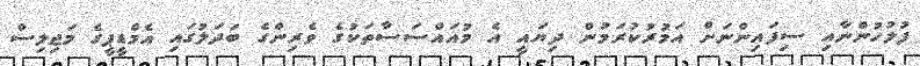
ފުލުހުންނާއި ސިފައިންނަށް އަމުރުކުރަމުން ދިޔައީ އެ މުއައްސަސާތަކުގެ ވެރިންގެ ބަދަލުގައި އެމްޑީޕީގެ މަޖިލިސް